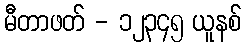
မီတာဖတ် - ၁၂၃၄၅ ယူနစ်